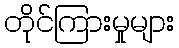
တိုင်ကြားမှုများ